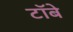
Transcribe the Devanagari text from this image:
टॉबे